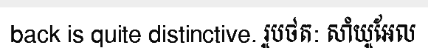
back is quite distinctive. រូបថត: សាំយូអែល